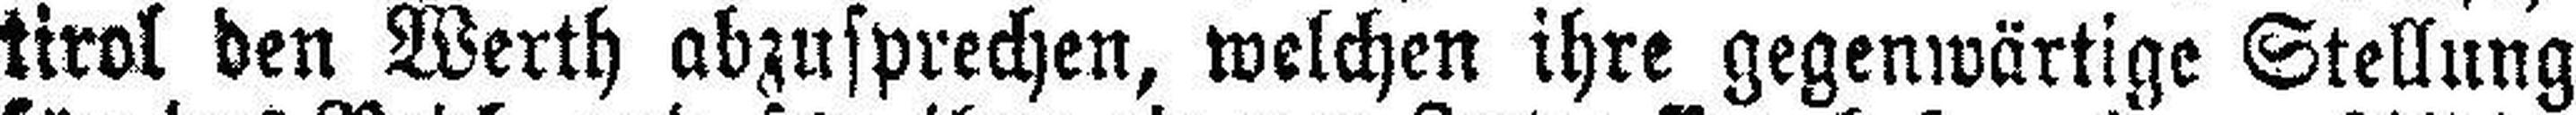
tirol den Werth abzusprechen, welchen ihre gegenwärtige Stellung